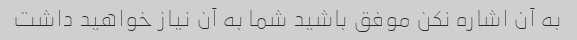
به آن اشاره نکن موفق باشید شما به آن نیاز خواهید داشت